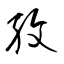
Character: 孜